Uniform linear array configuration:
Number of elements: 48
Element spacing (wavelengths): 1
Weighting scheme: kaiser
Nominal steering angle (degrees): -45
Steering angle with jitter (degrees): -43.437
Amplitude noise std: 0.05
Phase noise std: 0.05

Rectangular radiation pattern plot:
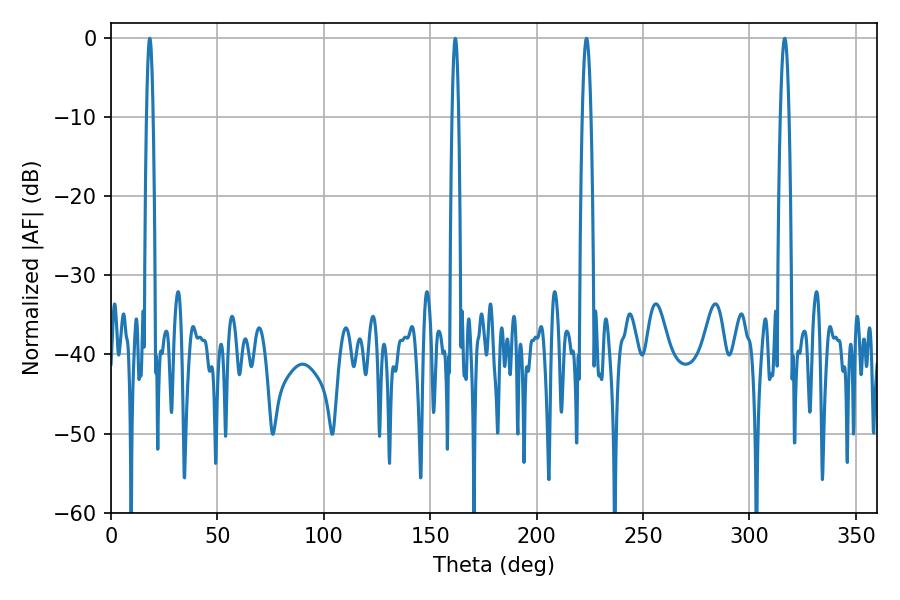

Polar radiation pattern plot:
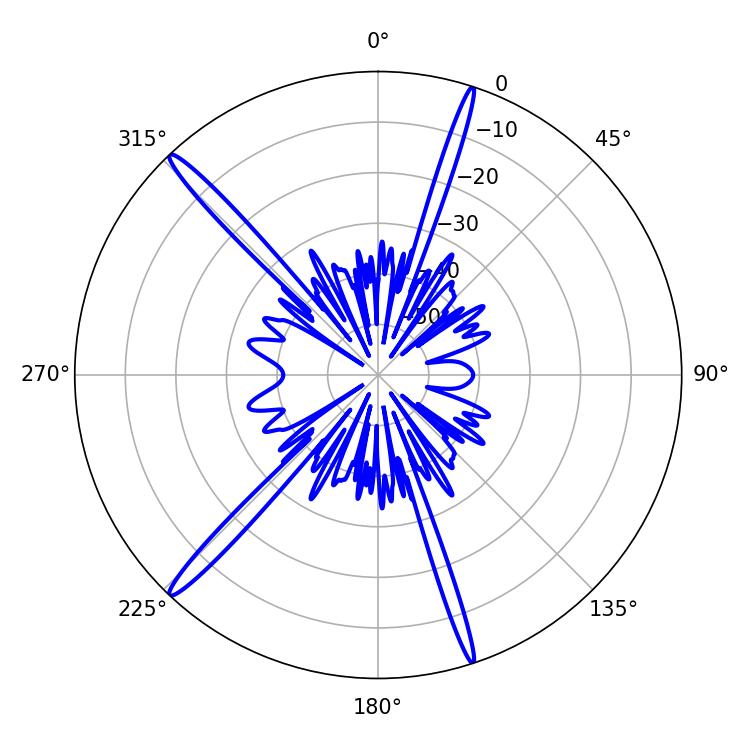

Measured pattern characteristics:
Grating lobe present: TRUE
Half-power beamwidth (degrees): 1.62
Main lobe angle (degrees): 18.18